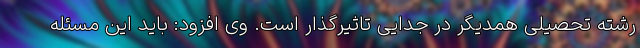
رشته تحصیلی همدیگر در جدایی تاثیرگذار است. وی افزود: باید این مسئله